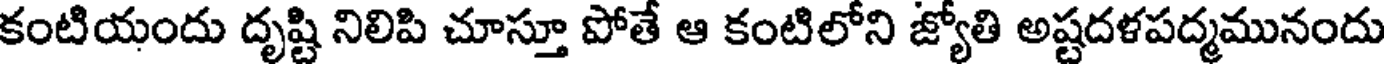
కంటియందు దృష్టి నిలిపి చూస్తూ పోతే ఆ కంటిలోని జ్యోతి అష్టదళపద్మమునందు